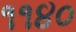
૧૧૪૦